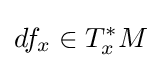
df_{x}\in T_{x}^{*}M